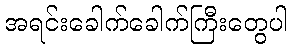
အရင်းခေါက်ခေါက်ကြီးတွေပါ